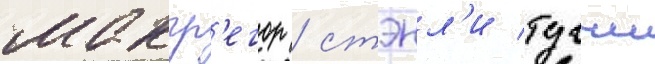
макгр'егор / стэнл'и туччи